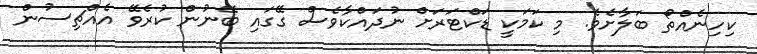
ކިހިނެއްތޯ ބަލާށެވެ. މި ކަމަކީ ޑަކްޓަރަށް ނުދައްކާވެސް ގޭގައި ބޭނުން ކުރެވޭ އެއްޗިސުން